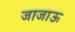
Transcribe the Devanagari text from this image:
जाजाऊ